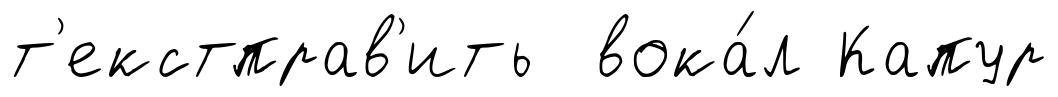
т'екстправ'ить вока́л Капур